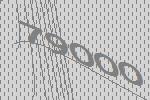
79000